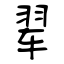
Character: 翚